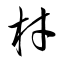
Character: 材